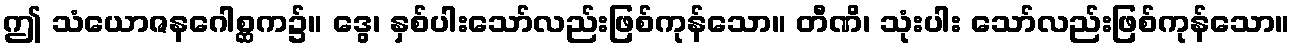
ဤ သံယောဇနဂေါစ္ဆက၌။ ဒွေ၊ နှစ်ပါးသော်လည်းဖြစ်ကုန်သော။ တီဏိ၊ သုံးပါး သော်လည်းဖြစ်ကုန်သော။